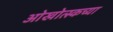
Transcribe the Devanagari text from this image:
ओखोत्स्कच्या